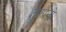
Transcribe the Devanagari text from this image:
तूफ़ानो